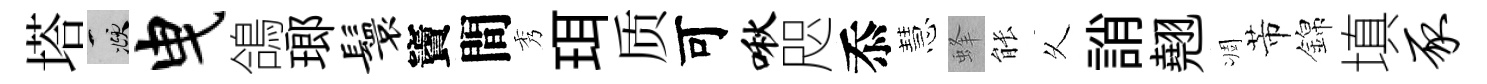
塔頫曳鴿瑯鬟竇間秀珥质可啾咫忝慧蜂䏻乆誚翹凋芾錦填豕